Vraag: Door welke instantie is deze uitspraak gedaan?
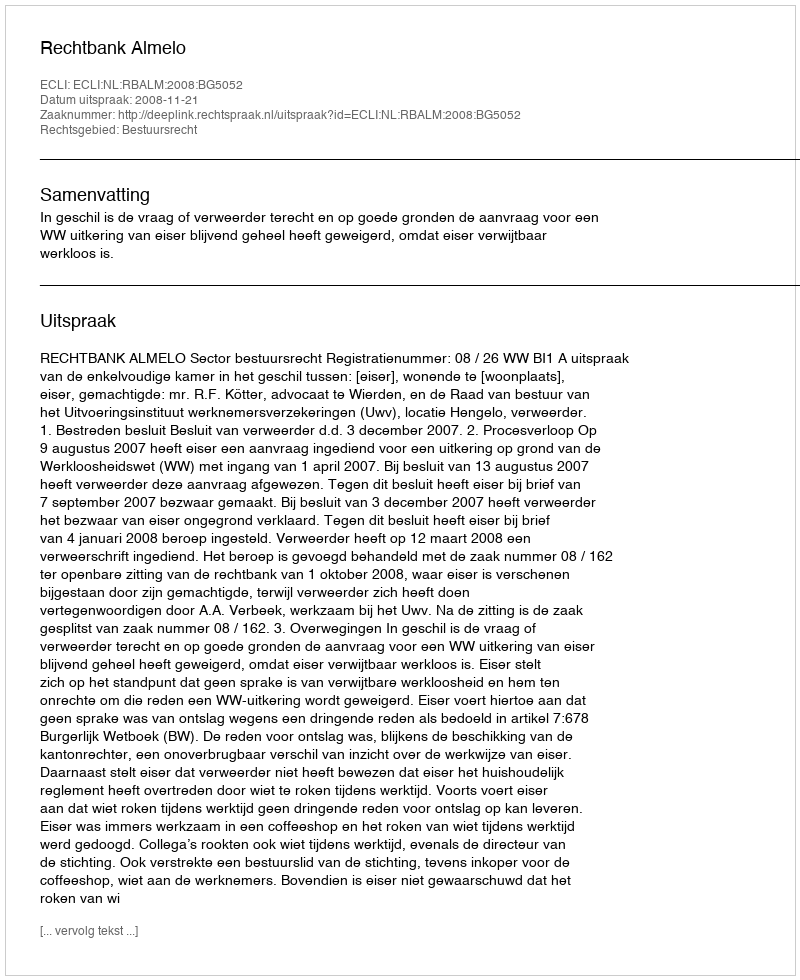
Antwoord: Rechtbank Almelo